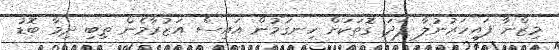
މިޒްނާ ފައިހަރުނުލާ ފަދަ ގޮތަކަށް ހިނގަމުން އައިސް އަޒުރާމެން ތިބި ދިމާ ބޮޑު